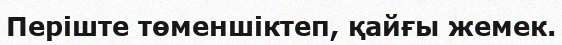
Періште төменшіктеп, қайғы жемек.